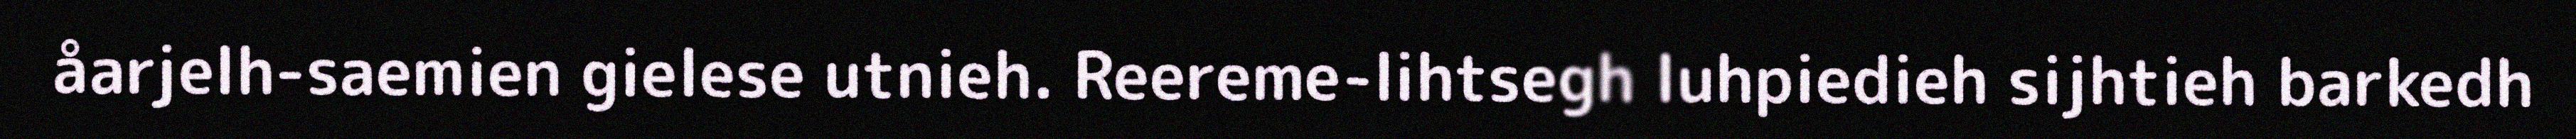
åarjelh-saemien gielese utnieh. Reereme-lihtsegh luhpiedieh sijhtieh barkedh